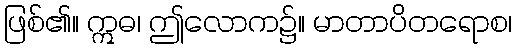
ဖြစ်၏။ ဣဓ၊ ဤလောက၌။ မာတာပိတရောစ၊